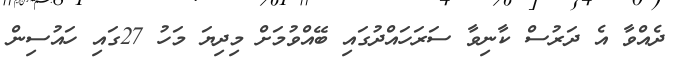
ދެއްވާ އެ ދަރުސް ކާނިވާ ސަރަހައްދުގައި ބޭއްވުމަށް މިދިޔަ މަހު 27ގައި ހައުސިން